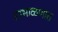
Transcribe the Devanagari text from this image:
साभाळणारा